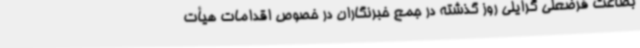
بضاعت فرضعلی گرایلی روز گذشته در جمع خبرنگاران در خصوص اقدامات هیأت